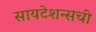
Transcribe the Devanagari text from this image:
सायटेशन्सची